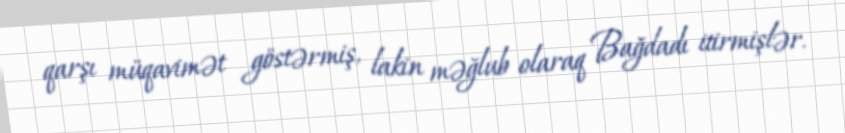
qarşı müqavimət göstərmiş, lakin məğlub olaraq Bağdadı itirmişlər.